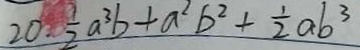
2 0 \cdot \frac { 1 } { 2 } a ^ { 3 } b + a ^ { 2 } b ^ { 2 } + \frac { 1 } { 2 } a b ^ { 3 }